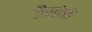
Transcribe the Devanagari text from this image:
जैनांनी